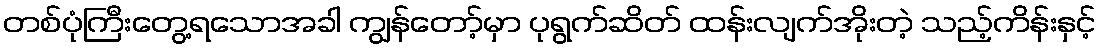
တစ်ပုံကြီးတွေ့ရသောအခါ ကျွန်တော့်မှာ ပုရွက်ဆိတ် ထန်းလျက်အိုးတဲ့ သည့်ကိန်းနှင့်